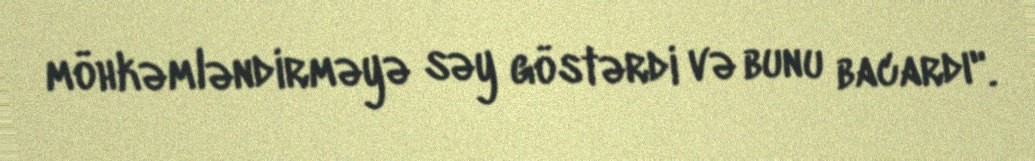
möhkəmləndirməyə səy göstərdi və bunu bacardı".